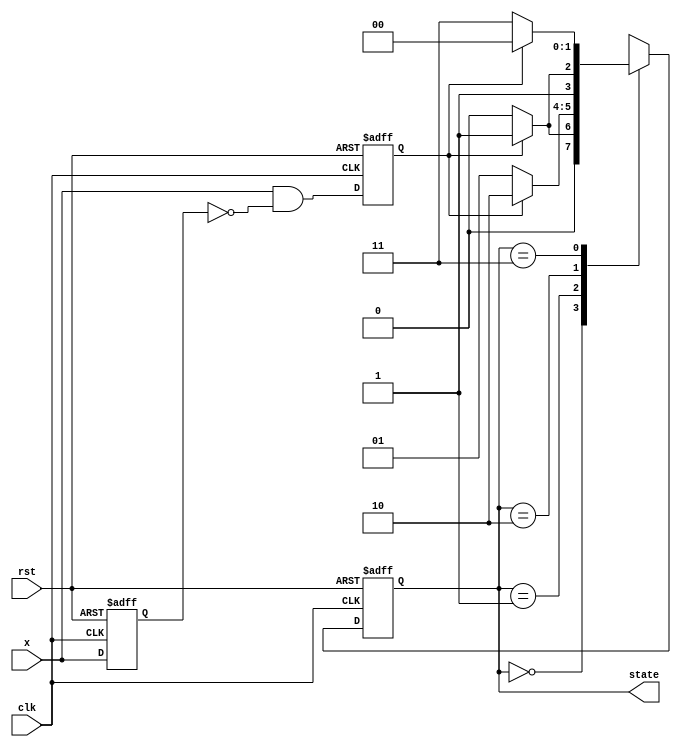
`timescale 1ns / 1ps
//////////////////////////////////////////////////////////////////////////////////
// Company: 
// Engineer: 
// 
// Design Name: 
// Module Name: report5_counter_2bit
// Project Name: 
// Target Devices: 
// Tool Versions: 
// Description: 
// 
// Dependencies: 
// 
// Revision:
// Revision 0.01 - File Created
// Additional Comments:
// 
//////////////////////////////////////////////////////////////////////////////////


module report5_counter_2bit(clk, rst, x, state);
input clk, rst;
input x;
reg x_reg, x_trig;
output reg [1:0] state;

always @(negedge rst or posedge clk) begin
if(!rst) begin
{x_reg, x_trig}<=2'b00;
end
else begin
x_reg<=x;
x_trig<=x&~x_reg;
end
end

always @(negedge rst or posedge clk) begin
if(!rst) state<=2'b00;
else begin
case(state)
2'b00:state<=x_trig?2'b01:2'b00;
2'b01:state<=x_trig?2'b10:2'b01;
2'b10:state<=x_trig?2'b11:2'b10;
2'b11:state<=x_trig?2'b00:2'b11;
endcase
end
end
endmodule